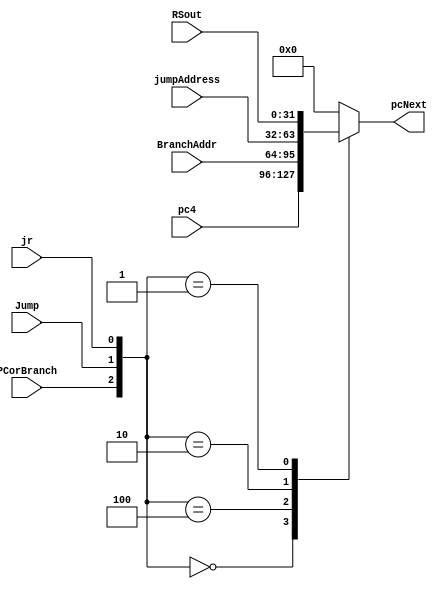
`timescale 1ns / 1ps
//////////////////////////////////////////////////////////////////////////////////
// Company: 
// Engineer: 
// 
// Design Name: 
// Module Name: PCSrc_Mux
// Project Name: 
// Target Devices: 
// Tool Versions: 
// Description: 
// 
// Dependencies: 
// 
// Revision:
// Revision 0.01 - File Created
// Additional Comments:
// 
//////////////////////////////////////////////////////////////////////////////////


module PCSrc_Mux(pcNext, pc4,BranchAddr,jumpAddress, RSout,PCorBranch,Jump,jr);
input [31:0] pc4, BranchAddr,jumpAddress, RSout;
input PCorBranch, Jump, jr;
output reg [31:0] pcNext;

always @(*)begin
    case({PCorBranch,Jump,jr})
        3'b000: pcNext <= pc4;
        3'b100: pcNext <= BranchAddr;
        3'b010: pcNext <= jumpAddress;
        3'b001: pcNext <= RSout;
        default: pcNext <= 0;
    endcase
end

endmodule